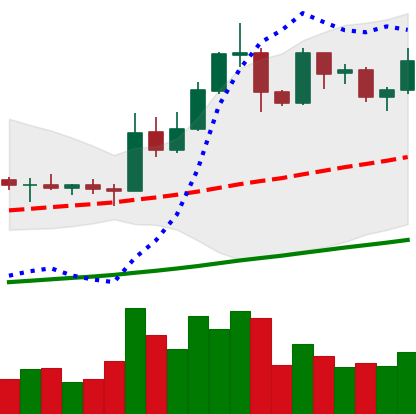
Ticker: EOS-USD
Chart end date: 2019-05-24
Forward return: 24.572%
Label: up_7plus